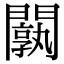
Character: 𨶝